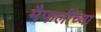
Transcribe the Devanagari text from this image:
मैफलींच्या